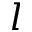
l